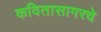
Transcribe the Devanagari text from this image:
कवितासागरचे